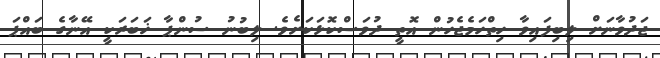
ޖަދުވާނަށް ލިބިފައިވާ ހިތްހަމެޖެހުން އޮތީ ދުވަސްކޮޅަކަށެވެ. ލިބުނު ސުންޕާ ޚަބަރަކީ އޭނާގެ ބައްޕަ